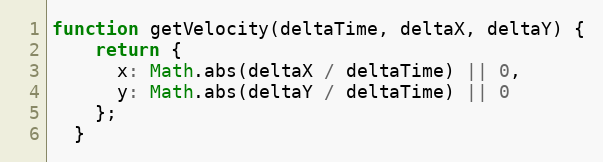
Language: JavaScript
function getVelocity(deltaTime, deltaX, deltaY) {
    return {
      x: Math.abs(deltaX / deltaTime) || 0,
      y: Math.abs(deltaY / deltaTime) || 0
    };
  }